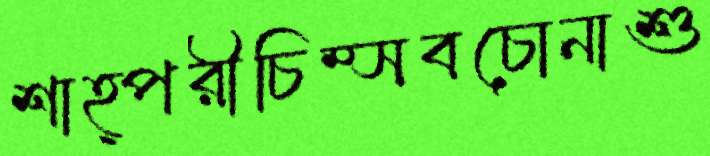
শাহ্পরীচিম্‌সবচোনাশু